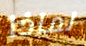
لماذا